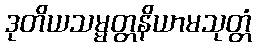
ဒုတိယသမ္မတ္တနိယာမသုတ္တံ